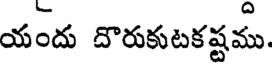
యందు దొరుకుటకష్టము.